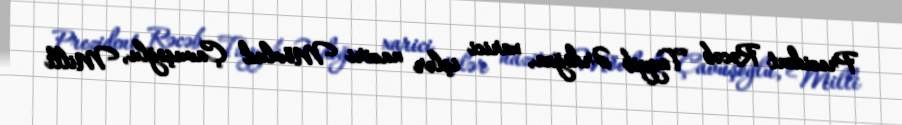
Prezident Rəcəb Tayyib Ərdoğan, xarici işlər naziri Mövlud Çavuşoğlu, Milli